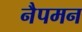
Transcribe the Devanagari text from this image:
नैपमन